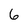
Character: 6